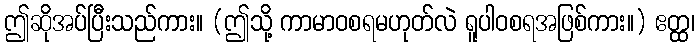
ဤဆိုအပ်ပြီးသည်ကား။ (ဤသို့ ကာမာဝစရမဟုတ်လဲ ရူပါဝစရအဖြစ်ကား။) ဧတ္ထ၊